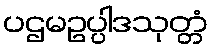
ပဌမဥပ္ပါဒသုတ္တံ